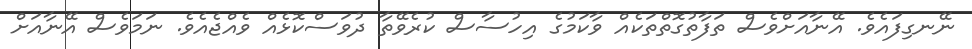
ނޭނގިފައެވެ. އޭނާއަށްވެސް ތަފާތުގޮތްތަކެއް ވާކަމުގެ އިހުސާސް ކުރެވޭތާ ދުވަސްކޮޅެއް ވެއްޖެއެވެ. ނަމަވެސް އޭނާއަށް